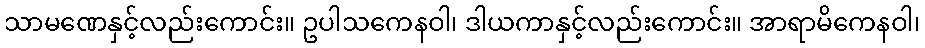
သာမဏေနှင့်လည်းကောင်း။ ဥပါသကေနဝါ၊ ဒါယကာနှင့်လည်းကောင်း။ အာရာမိကေနဝါ၊